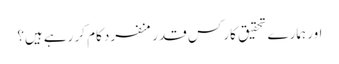
اور ہمارے تحقیق کار کس قدر منفرد کام کر رہے ہیں؟